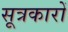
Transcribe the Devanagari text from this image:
सूत्रकारों